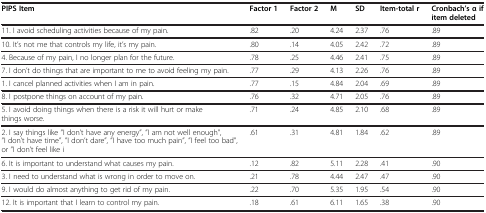
| PIPS Item | Factor 1 | Factor 2 | M | SD | Item-total r | Cronbach’s α if item deleted |
 | --- | --- | --- | --- | --- | --- | --- |
 | 11. I avoid scheduling activities because of my pain. | .82 | .20 | 4.24 | 2.37 | .76 | .89 |
 | 10. It’s not me that controls my life, it’s my pain. | .80 | .14 | 4.05 | 2.42 | .72 | .89 |
 | 4. Because of my pain, I no longer plan for the future. | .78 | .25 | 4.46 | 2.41 | .75 | .89 |
 | 7. I don’t do things that are important to me to avoid feeling my pain. | .77 | .29 | 4.13 | 2.26 | .76 | .89 |
 | 1. I cancel planned activities when I am in pain. | .77 | .15 | 4.84 | 2.04 | .69 | .89 |
 | 8. I postpone things on account of my pain. | .76 | .32 | 4.71 | 2.05 | .76 | .89 |
 | 5. I avoid doing things when there is a risk it will hurt or make things worse. | .71 | .24 | 4.85 | 2.10 | .68 | .89 |
 | 2. I say things like ”I don’t have any energy”, ”I am not well enough”, ”I don’t have time”, ”I don’t dare”, ”I have too much pain”, ”I feel too bad”, or ”I don’t feel like i | .61 | .31 | 4.81 | 1.84 | .62 | .89 |
 | 6. It is important to understand what causes my pain. | .12 | .82 | 5.11 | 2.28 | .41 | .90 |
 | 3. I need to understand what is wrong in order to move on. | .21 | .78 | 4.44 | 2.47 | .47 | .90 |
 | 9. I would do almost anything to get rid of my pain. | .22 | .70 | 5.35 | 1.95 | .54 | .90 |
 | 12. It is important that I learn to control my pain. | .18 | .61 | 6.11 | 1.65 | .38 | .90 |